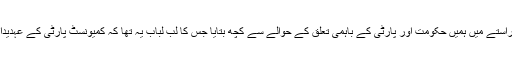
ڈاکٹر ظفر نے کمیونسٹ پارٹی کے دفتر جاتے ہوئے راستے میں ہمیں حکومت اور پارٹی کے باہمی تعلق کے حوالے سے کچھ بتایا جس کا لبّ لباب یہ تھا کہ کمیونسٹ پارٹی کے عہدیداروں کی اہمیت حکومت کے عہدیداروں سے زیادہ ہے۔